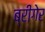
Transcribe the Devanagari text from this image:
ब्रीगेर